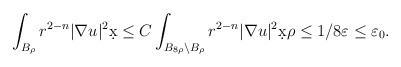
\begin{align*}\int_{B_{\rho}} r^{2-n} |\nabla u|^2 \d x &\leq C \int_{B_{8\rho} \setminus B_{\rho}} r^{2-n} |\nabla u|^2 \d x \rho \leq 1/8 \varepsilon \leq \varepsilon_0.\end{align*}